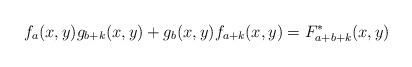
LaTeX: \begin{align*}f_a(x,y) g_{b+k}(x,y)+g_b(x,y) f_{a+k}(x,y)= F_{a+b+k}^*(x,y)\end{align*}